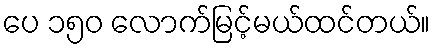
ပေ ၁၅၀ လောက်မြင့်မယ်ထင်တယ်။